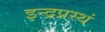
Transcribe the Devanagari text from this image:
इन्द्रप्रस्थं